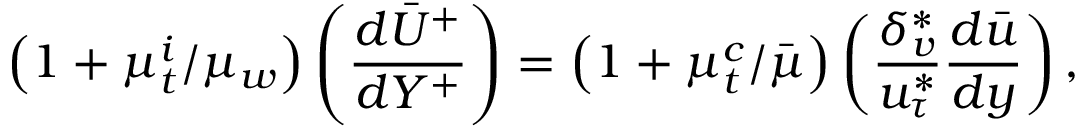
\left( 1 + \mu _ { t } ^ { i } / \mu _ { w } \right) \left( \frac { d \bar { U } ^ { + } } { d Y ^ { + } } \right) = \left( 1 + \mu _ { t } ^ { c } / \bar { \mu } \right) \left( \frac { \delta _ { v } ^ { * } } { u _ { \tau } ^ { * } } \frac { d \bar { u } } { d y } \right) ,